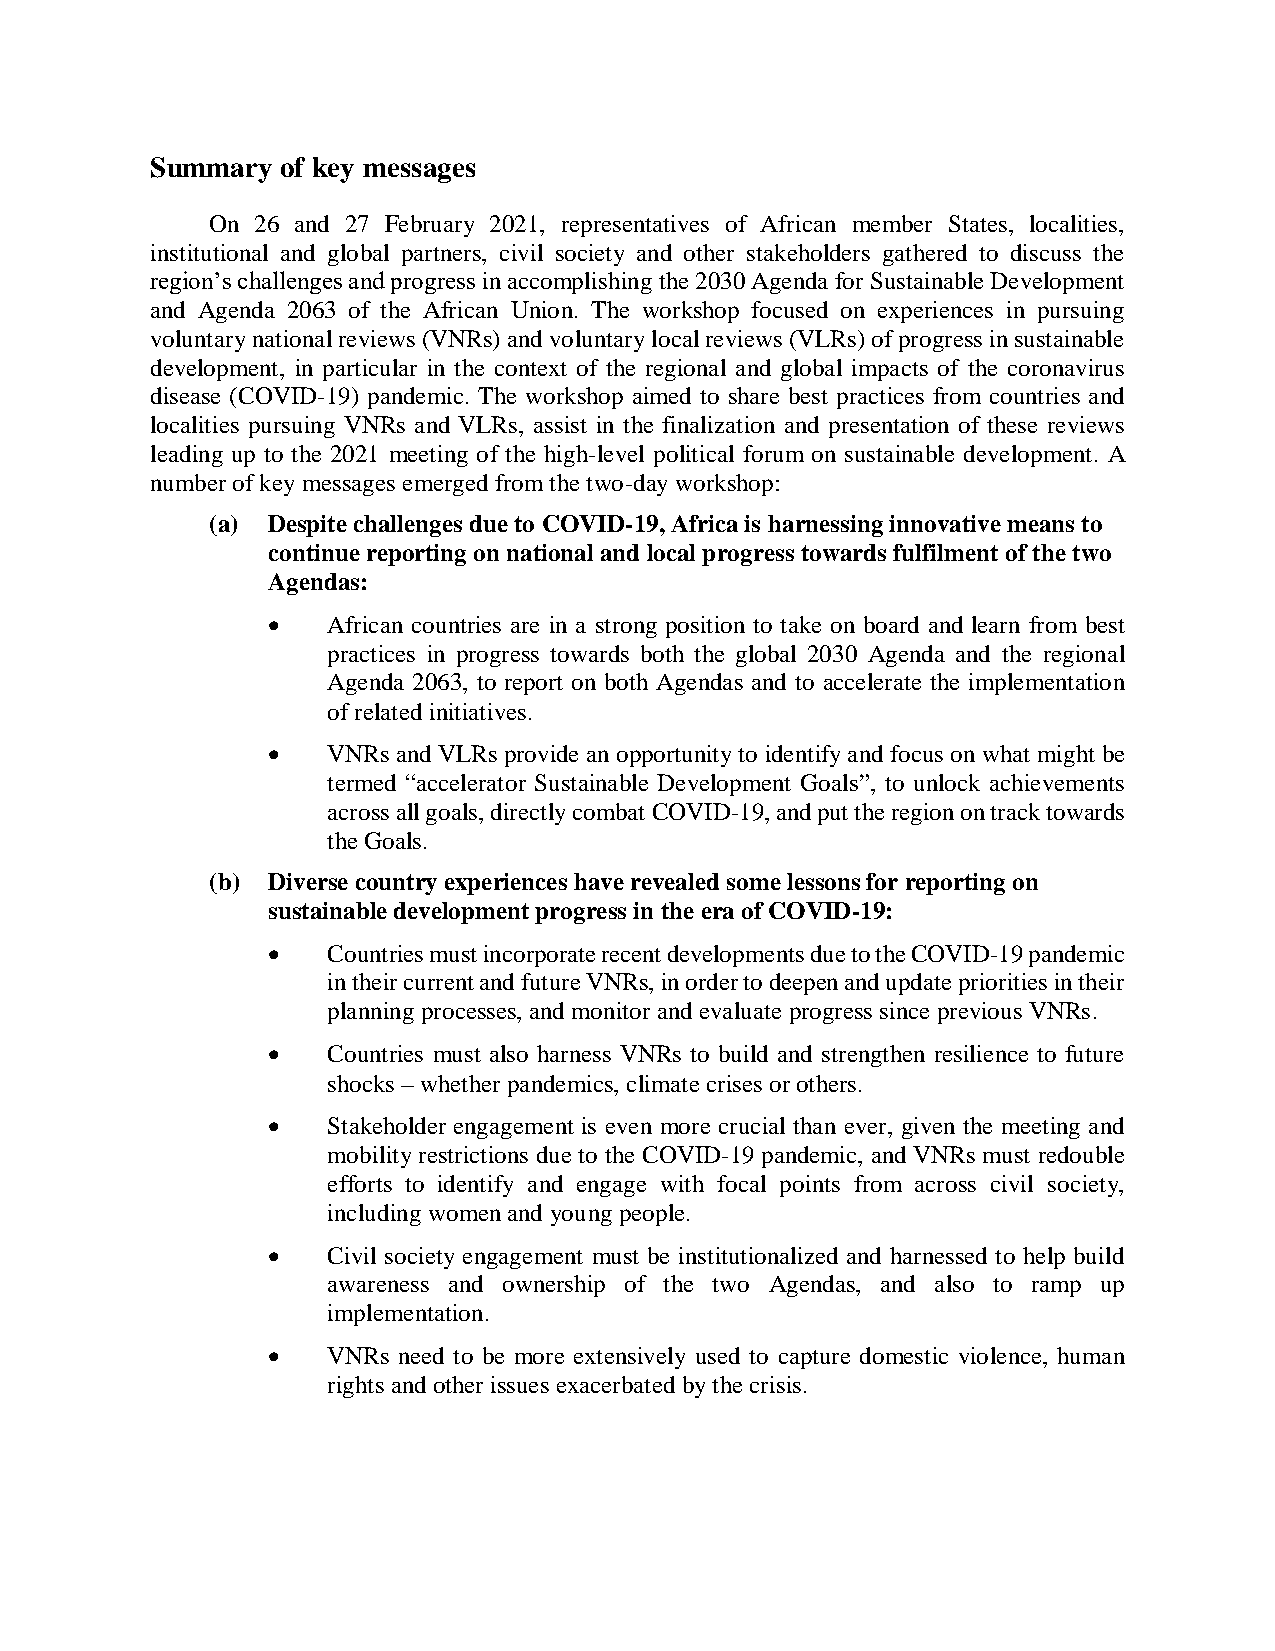
Summary  of key messages
 On 26 and 27 February 2021, representatives of African member States, localities,
 institutional and global partners, civil society and other stakeholders gathered to discuss the
 region’s challenges and progress in accomplishing the 2030 Agenda for Sustainable Development
 and Agenda 2063 of the African Union. The workshop focused on experiences in pursuing
 voluntary national reviews (VNRs) and voluntary local reviews (VLRs) of progress in sustainable
 development, in particular in the context of the regional and global impacts of the coronavirus
 disease (COVID-19) pandemic. The workshop aimed to share best practices from countries and
 localities pursuing VNRs and VLRs, assist in the finalization and presentation of these reviews
 leading up to the 2021 meeting of the high-level political forum on sustainable development. A
 number of key messages emerged from the two-day workshop:
 (a) Despite challenges due to COVID-19, Africa is harnessing innovative means to
 continue reporting on national and local progress towards fulfilment of the two
 Agendas:
 •   African countries are in a strong position to take on board and learn from best
 practices in progress towards both the global 2030 Agenda and the regional
 Agenda 2063, to report on both Agendas and to accelerate the implementation
 of related initiatives.
 •   VNRs and VLRs provide an opportunity to identify and focus on what might be
 termed “accelerator Sustainable Development Goals”, to unlock achievements
 across all goals, directly combat COVID-19, and put the region on track towards
 the Goals.
 (b) Diverse country experiences have revealed some lessons for reporting on
 sustainable development progress in the era of COVID-19:
 •   Countries must incorporate recent developments due to the COVID-19 pandemic
 in their current and future VNRs, in order to deepen and update priorities in their
 planning processes, and monitor and evaluate progress since previous VNRs.
 •   Countries must also harness VNRs to build and strengthen resilience to future
 shocks – whether pandemics, climate crises or others.
 •   Stakeholder engagement is even more crucial than ever, given the meeting and
 mobility restrictions due to the COVID-19 pandemic, and VNRs must redouble
 efforts to identify and engage with focal points from across civil society,
 including women and young people.
 •   Civil society engagement must be institutionalized and harnessed to help build
 awareness and ownership of the two Agendas, and also to ramp up
 implementation.
 •   VNRs need to be more extensively used to capture domestic violence, human
 rights and other issues exacerbated by the crisis.